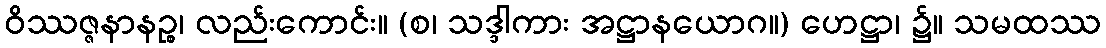
ဝိဿဇ္ဇနာနဉ္စ၊ လည်းကောင်း။ (စ၊ သဒ္ဒါကား အဋ္ဌာနယောဂ။) ဟေဋ္ဌာ၊ ၌။ သမထဿ